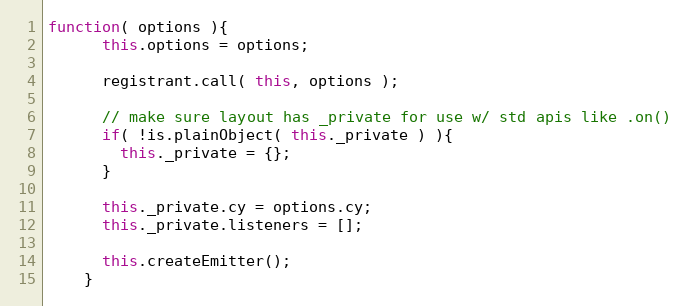
Language: JavaScript
function( options ){
      this.options = options;

      registrant.call( this, options );

      // make sure layout has _private for use w/ std apis like .on()
      if( !is.plainObject( this._private ) ){
        this._private = {};
      }

      this._private.cy = options.cy;
      this._private.listeners = [];

      this.createEmitter();
    }